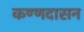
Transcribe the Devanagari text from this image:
कण्णदासन